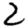
Digit: 2